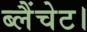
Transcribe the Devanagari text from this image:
ब्लैंचेट।